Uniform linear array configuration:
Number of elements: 24
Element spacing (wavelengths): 0.75
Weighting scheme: uniform
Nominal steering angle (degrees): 0
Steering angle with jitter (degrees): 1.207
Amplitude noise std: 0.05
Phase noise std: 0.05

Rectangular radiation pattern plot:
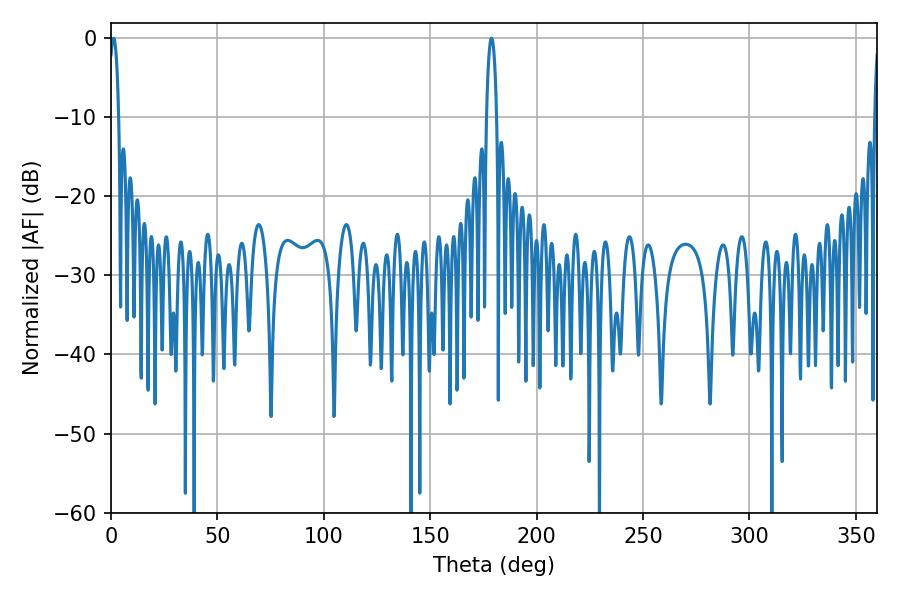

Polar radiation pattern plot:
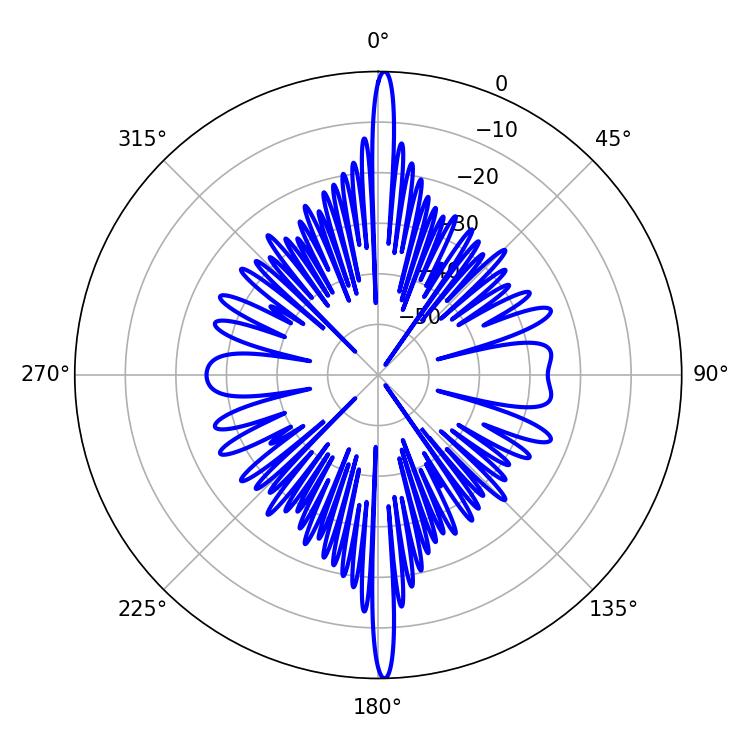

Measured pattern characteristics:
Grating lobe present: TRUE
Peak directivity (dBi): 28.713
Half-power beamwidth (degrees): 2.52
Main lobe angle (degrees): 1.26